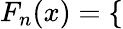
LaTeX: \begin{array}{r}{F_{n}(x)=\left\{ \begin{array}{ll}\end{array}\right.}\end{array}